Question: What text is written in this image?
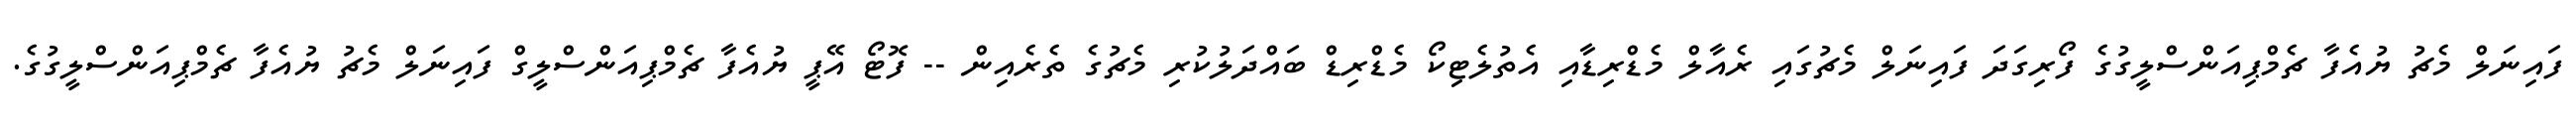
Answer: ފައިނަލް މެޗު ޔުއެފާ ޗެމްޕިއަންސްލީގުގެ ފޯރިގަދަ ފައިނަލް މެޗުގައި ރެއާލް މެޑްރިޑާއި އެތުލެޓިކޯ މެޑްރިޑް ބައްދަލުކުރި މެޗުގެ ތެރެއިން -- ފޮޓޯ އޭޕީ ޔުއެފާ ޗެމްޕިއަންސްލީގް ފައިނަލް މެޗު ޔުއެފާ ޗެމްޕިއަންސްލީގުގެ.